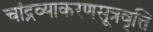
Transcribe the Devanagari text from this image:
चांद्रव्याकरणसूत्रवृत्ति